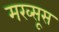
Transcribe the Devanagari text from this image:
मख्सूस